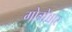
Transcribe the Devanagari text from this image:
गोत्रोच्चार